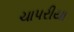
ચાપરીયા